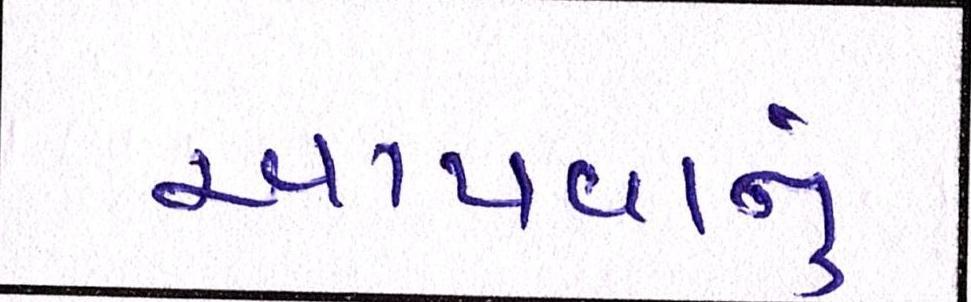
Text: આપવાનું